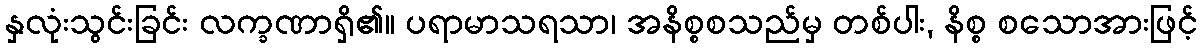
နှလုံးသွင်းခြင်း လက္ခဏာရှိ၏။ ပရာမာသရသာ၊ အနိစ္စစသည်မှ တစ်ပါး, နိစ္စ စသောအားဖြင့်